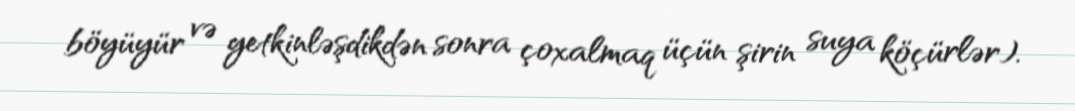
böyüyür və yetkinləşdikdən sonra çoxalmaq üçün şirin suya köçürlər).